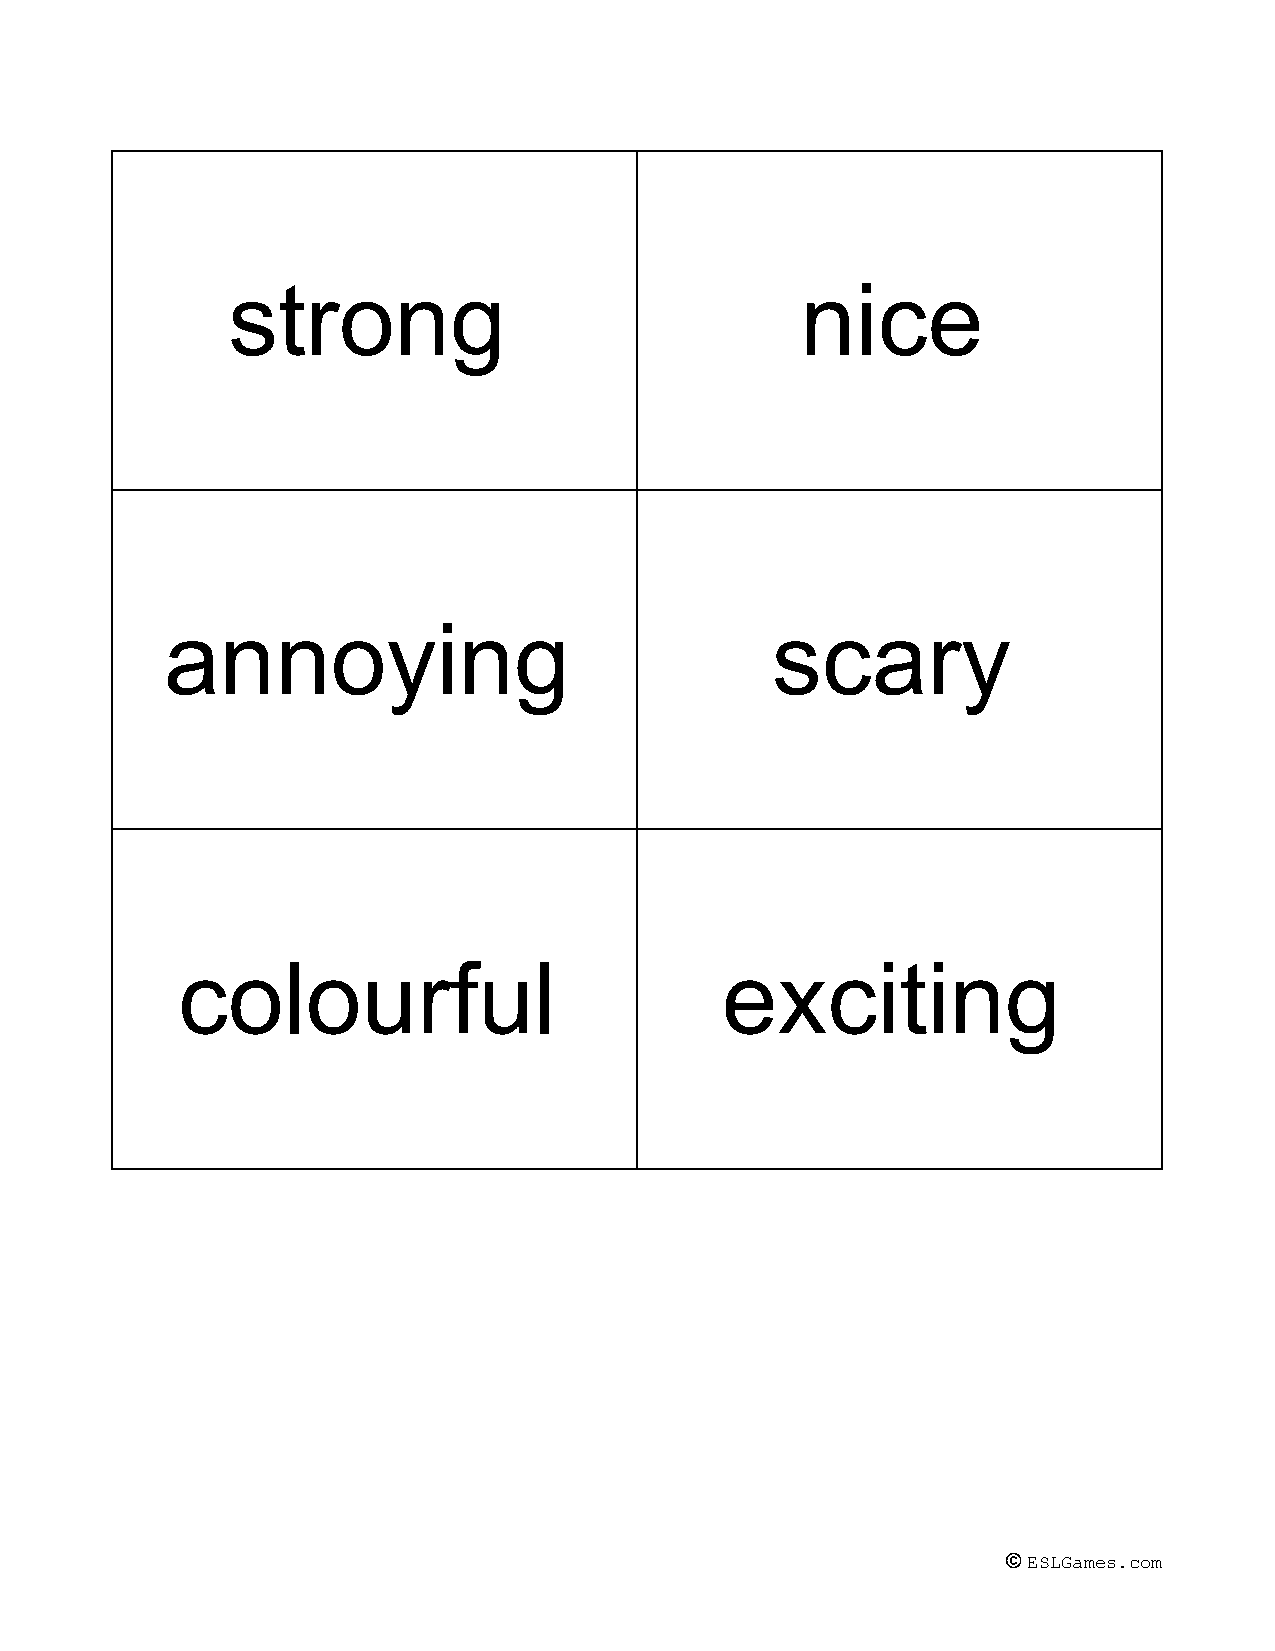
strong                                nice
 annoying                                scary
 colourful                           exciting
 © ESLGames.com
 ​